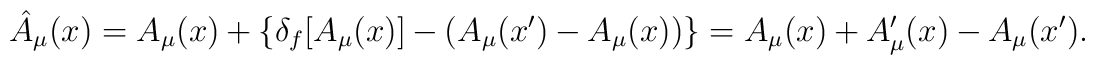
\hat A_\mu (x)=A_\mu (x)+\{\delta_f[A_\mu (x)]-(A_\mu (x')-A_\mu (x))\}=A_\mu (x)+A'_\mu (x)-A_\mu (x').